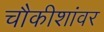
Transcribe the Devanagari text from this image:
चौकीशांवर